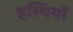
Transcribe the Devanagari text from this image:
हस्थियाँ